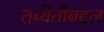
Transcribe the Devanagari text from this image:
तब्येतीबद्दल